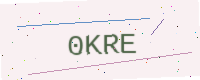
Text: 0KRE